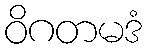
ဝိဂတမဒံ